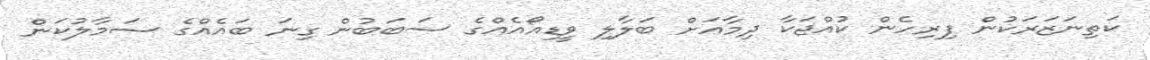
ކަތިނަޒަރަކުން ފިރިހެން ކުއްޖަކާ ދިމާއަށް ބަލާލި ވީޑިއޯއެއްގެ ސަބަބުން ގިނަ ބައެއްގެ ސަމާލުކަން